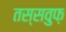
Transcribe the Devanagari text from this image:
तस्सवुफ़